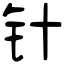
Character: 针